Report of the Bombay Veterinary College
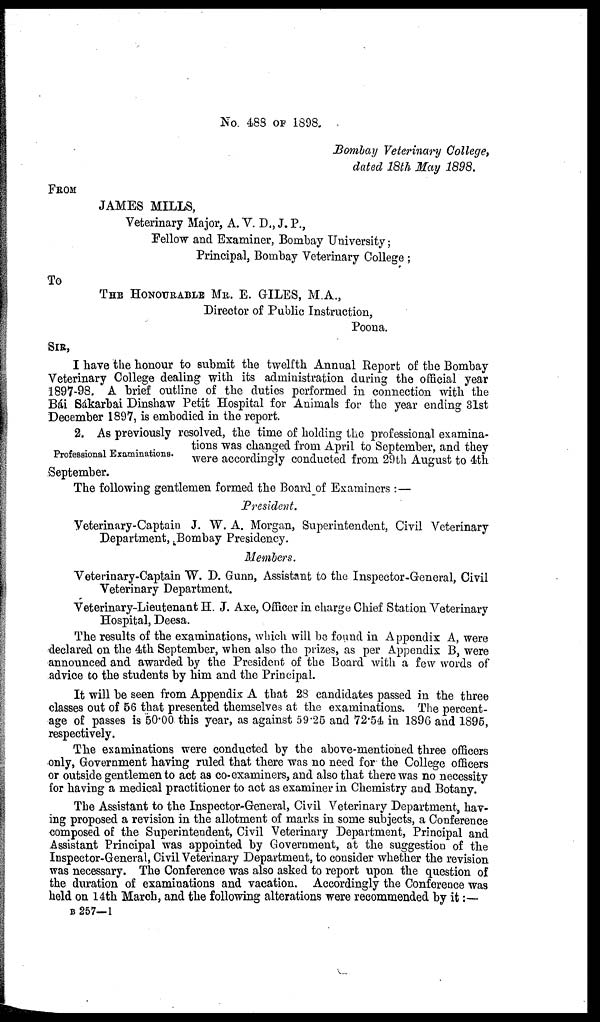
No. 488 OF 1898.
Bombay Veterinary College,
dated 18th May 1898.
FROM
JAMES MILLS,
Veterinary Major, A. V. D., J. P.,
Fellow and Examiner, Bombay University;
Principal, Bombay Veterinary College ;
To
THE HONOURABLE MR. E. GILES, M.A.,
Director of Public Instruction,
Poona.
SIR,
I have the honour to submit the twelfth Annual Report of the Bombay
Veterinary College dealing with its administration during the official year
1897-98. A brief outline of the duties performed in connection with the
Bái Sákarbai Dinshaw Petit Hospital for Animals for the year ending 31st
December 1897, is embodied in the report.
Professional Examinations.
2. As previously resolved, the time of holding the professional examina-
tions was changed from April to September, and they
were accordingly conducted from 29 th August to 4th
September.
The following gentlemen formed the Board of Examiners :—
President.
Veterinary-Captain J. W. A. Morgan, Superintendent, Civil Veterinary
Department, Bombay Presidency.
Members.
Veterinary-Captain W. D. Gunn, Assistant to the Inspector-General, Civil
Veterinary Department.
Veterinary-Lieutenant H. J. Axe, Officer in charge Chief Station Veterinary
Hospital, Deesa.
The results of the examinations, which will be found in Appendix A, were
declared on the 4th September, when also the prizes, as per Appendix B, were
announced and awarded by the President of the Board with a few words of
advice to the students by him and the Principal.
It will be seen from Appendix A that 28 candidates passed in the three
classes out of 56 that presented themselves at the examinations. The percent-
age of passes is 50.00 this year, as against 59.25 and 72.54 in 1896 and 1895,
respectively.
The examinations were conducted by the above-mentioned three officers
only, Government having ruled that there was no need for the College officers
or outside gentlemen to act as co-examiners, and also that there was no necessity
for having a medical practitioner to act as examiner in Chemistry and Botany.
The Assistant to the Inspector-General, Civil Veterinary Department, hav-
ing proposed a revision in the allotment of marks in some subjects, a Conference
composed of the Superintendent, Civil Veterinary Department, Principal and
Assistant Principal was appointed by Government, at the suggestion of the
Inspector-General, Civil Veterinary Department, to consider whether the revision
was necessary. The Conference was also asked to report upon the question of
the duration of examinations and vacation. Accordingly the Conference was
held on 14th March, and the following alterations were recommended by it :—
B 257—1